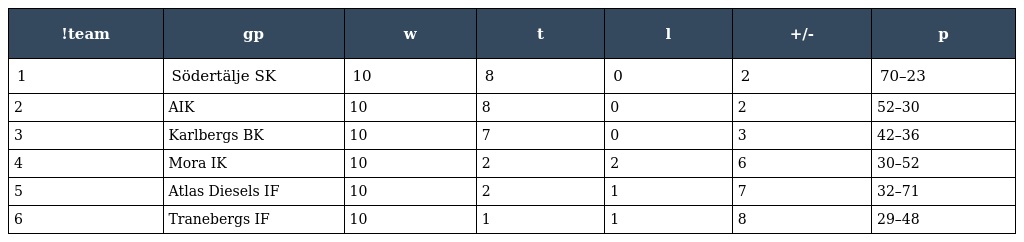
| !team | gp | w | t | l | +/- | p |
 | --- | --- | --- | --- | --- | --- | --- |
 | 1 | Södertälje SK | 10 | 8 | 0 | 2 | 70–23 |
 | 2 | AIK | 10 | 8 | 0 | 2 | 52–30 |
 | 3 | Karlbergs BK | 10 | 7 | 0 | 3 | 42–36 |
 | 4 | Mora IK | 10 | 2 | 2 | 6 | 30–52 |
 | 5 | Atlas Diesels IF | 10 | 2 | 1 | 7 | 32–71 |
 | 6 | Tranebergs IF | 10 | 1 | 1 | 8 | 29–48 |